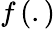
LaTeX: f\left(.\right)